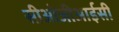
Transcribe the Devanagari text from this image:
सीओजीआईसी